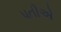
પતીએ